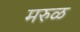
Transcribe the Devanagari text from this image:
मरुळ